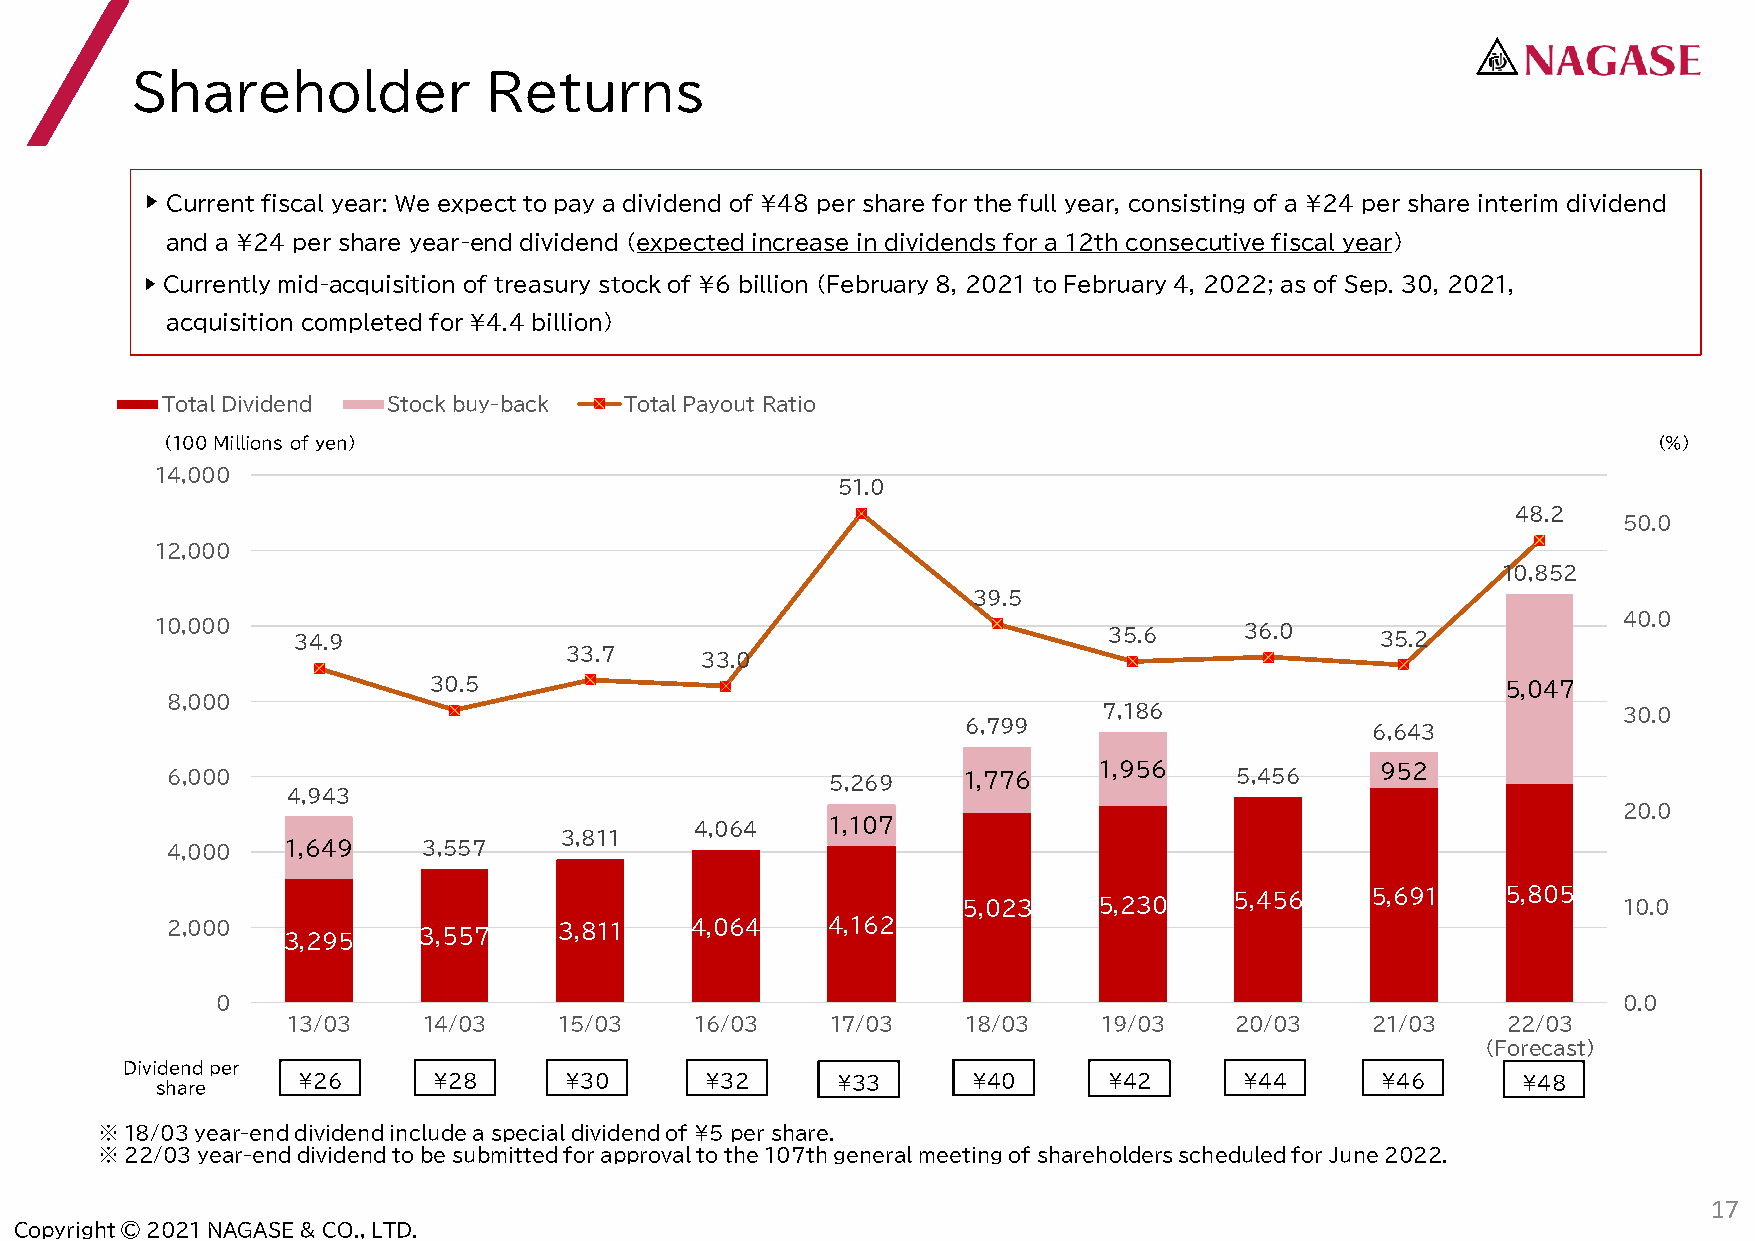
Shareholder            Returns
 ▶ Current fiscal year: We expect to pay a dividend of ¥48 per share for the full year, consisting of a ¥24 per share interim dividend
 and a ¥24 per share year-end dividend (expected increase in dividends for a 12th consecutive fiscal year)
 ▶ Currently mid-acquisition of treasury stock of ¥6 billion (February 8, 2021 to February 4, 2022; as of Sep. 30, 2021,
 acquisition completed for ¥4.4 billion)
 Total Dividend Stock buy-back Total Payout Ratio
 (100 Millions of yen)                                                                              (%)
 14,000
 51.0
 48.2
 50.0
 12,000
 10,852
 39.5
 40.0
 10,000   34.9                                                  35.6     36.0     35.2
 33.7
 33.0
 30.5                                                                    5,047
 8,000
 7,186                             30.0
 6,799                      6,643
 1,956             952
 6,000                                       5,269    1,776             5,456
 4,943
 20.0
 4,064    1,107
 3,811
 4,000   1,649    3,557
 5,023    5,230    5,456    5,691    5,805  10.0
 2,000   3,295    3,557    3,811    4,064    4,162
 0                                                                                            0.0
 13/03    14/03    15/03    16/03    17/03    18/03    19/03    20/03    21/03    22/03
 (Forecast)
 Dividend per
 ¥２６      ¥２8     ¥30       ¥32     ¥33      ¥40      ¥42      ¥44      ¥46       ¥48
 share
 ※18/03 year-end dividend include a special dividend of ¥5 per share.
 ※ 22/03 year-end dividend to be submitted for approval to the 107th general meeting of shareholders scheduled for June 2022.
 17
 Copyright © 2021 NAGASE & CO., LTD.